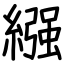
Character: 繦